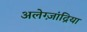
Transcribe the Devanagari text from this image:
अलेग्ज़ांद्रिया